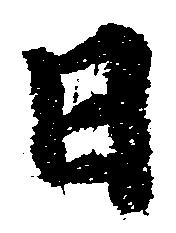
日